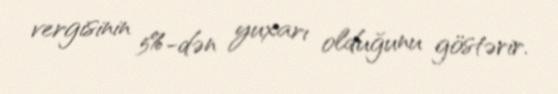
vergisinin 5%-dən yuxarı olduğunu göstərir.